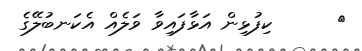
٥      ކިފުޅިން އަޅާފައިވާ ވަލެއް އެކަނބުލޭގެ